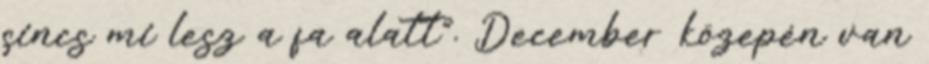
sincs mi lesz a fa alatt". December közepén van